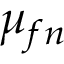
\mu _ { f n }